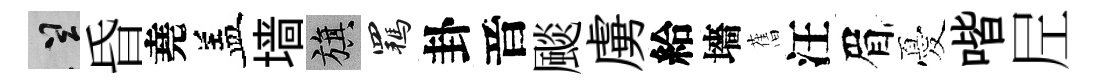
誠昏堯盖墙旗羈卦音颷虜給墻𦾔汪眉憂喈𡰱